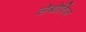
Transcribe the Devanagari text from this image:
लेबोविज